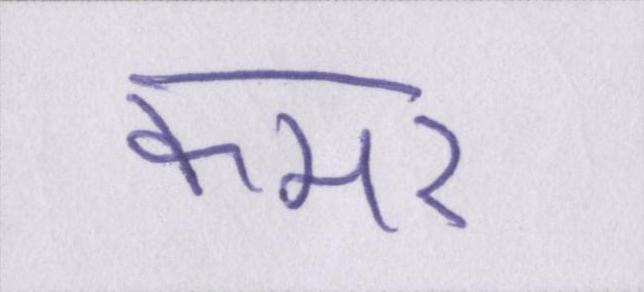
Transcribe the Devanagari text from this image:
कमर